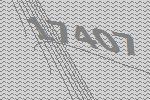
17407